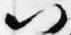
以